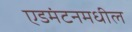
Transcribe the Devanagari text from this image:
एडमंटनमधील